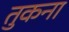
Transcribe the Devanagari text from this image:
तुकना